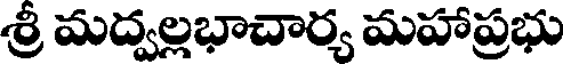
శ్రీ మద్వల్లభాచార్య మహాప్రభు